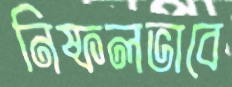
নিষ্ফলভাবে